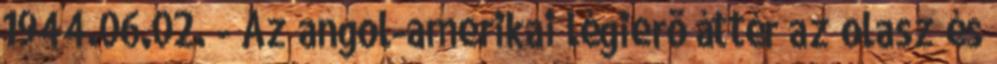
1944.06.02. - Az angol-amerikai légierõ áttér az olasz és